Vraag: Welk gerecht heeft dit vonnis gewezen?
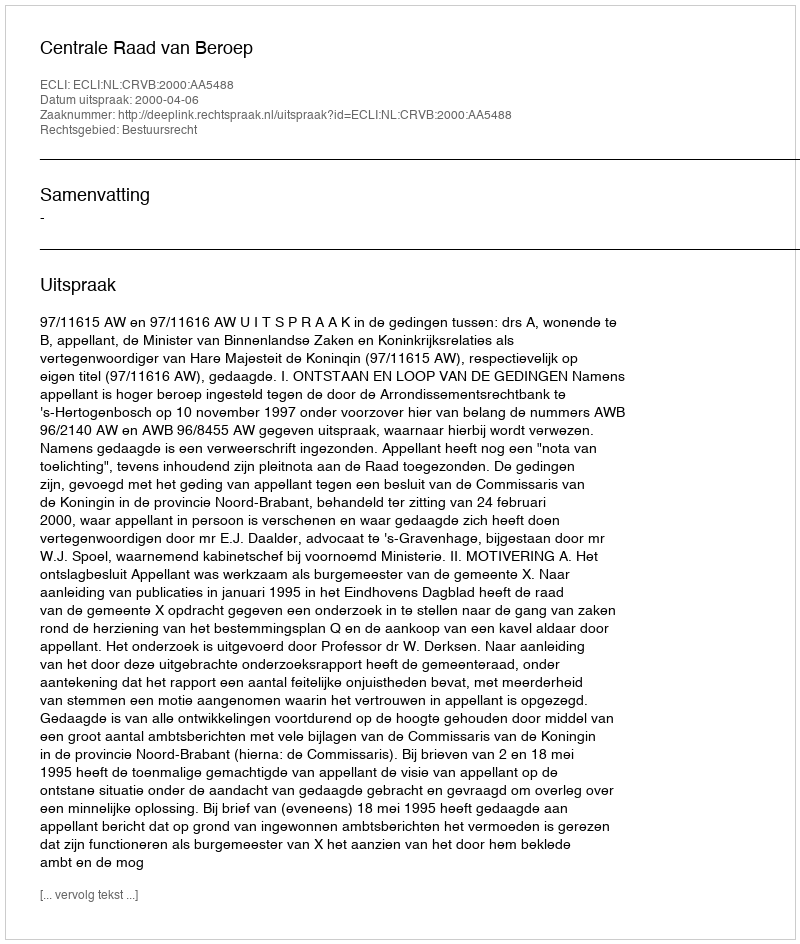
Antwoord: Centrale Raad van Beroep